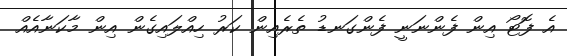
އެ ފޮޓޯ އިން ފެންނަނީ ފެންގަނޑު ތެރެއިން ކަރު ހިއްލައިގެން އިން މާކަނާއެއް